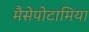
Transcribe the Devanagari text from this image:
मैसेपोटामिया